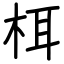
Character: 栮